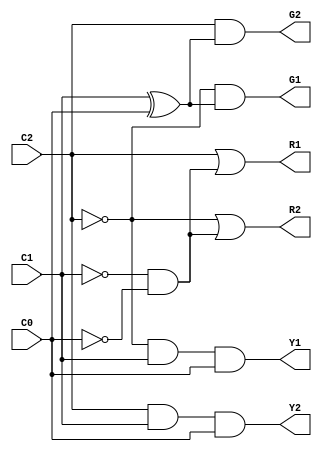
`timescale 1ns / 1ps
//////////////////////////////////////////////////////////////////////////////////
// Company: 
// Engineer: 
// 
// Design Name: 
// Module Name: light_controller
// Project Name: 
// Target Devices: 
// Tool Versions: 
// Description: 
// 
// Dependencies: 
// 
// Revision:
// Revision 0.01 - File Created
// Additional Comments:
// 
//////////////////////////////////////////////////////////////////////////////////


module light_controller(
  C0,
  C1,
  C2,
  G1,
  G2,
  R1,
  R2,
  Y1,
  Y2);
  
input C0;
input C1;
input C2;
output G1;
output G2;
output Y1;
output Y2;
output R1;
output R2;
    
assign G1 = ~C2 & (C1^C0);
assign G2 = C2 & (C1^C0);
assign Y1 = ~C2 & C1 & C0;
assign Y2 =  C2 & C1 & C0;
assign R1 = C2 | (~C1 & ~C0);
assign R2 = ~C2 | (~C1 & ~C0);


endmodule